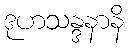
ဒုဟသန္ဒနာနိ